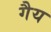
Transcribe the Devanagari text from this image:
गैय